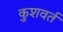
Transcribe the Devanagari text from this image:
कुशवर्त